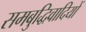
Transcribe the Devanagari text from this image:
समबुद्धिवादियों